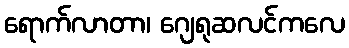
ရောက်လာတာ၊ ဂျေရုဆလင်ကလေ